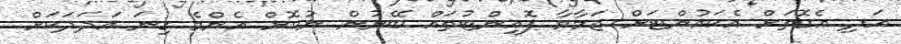
އަދި އެގޮތަށް އެކައުންޓަށް ޖަމާވާ ޕޮއިންޓުތައް ބޭނުން ނުކޮށް އެންމެ ގިނަ އަދަދަކަށް